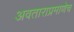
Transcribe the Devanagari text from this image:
अवताराप्रमाणेच